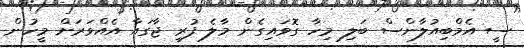
ސީ އެމްބިއުލާންސް ބަލި މިހާ ގޮވައިގެން މާލެ ފުރީ ޖާގައާ އެއްވަރަށް މީހުން